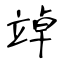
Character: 竨